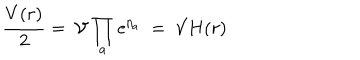
\frac { V ( r ) } { 2 } = \ \mathcal { V } \prod _ { a } \mathrm { e } ^ { \eta _ { a } } \ = \ \mathcal { V } H ( r )